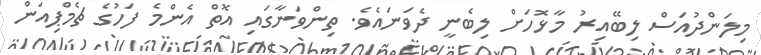
މިލަންދުއަސް ލިބޭއިރު މާޅޮހަށް ލިބެނީ ދެވަނައެވެ. ތިންވަނާގައި އޮތް އެންމެ ފަހުގެ ޗެމްޕިއަން